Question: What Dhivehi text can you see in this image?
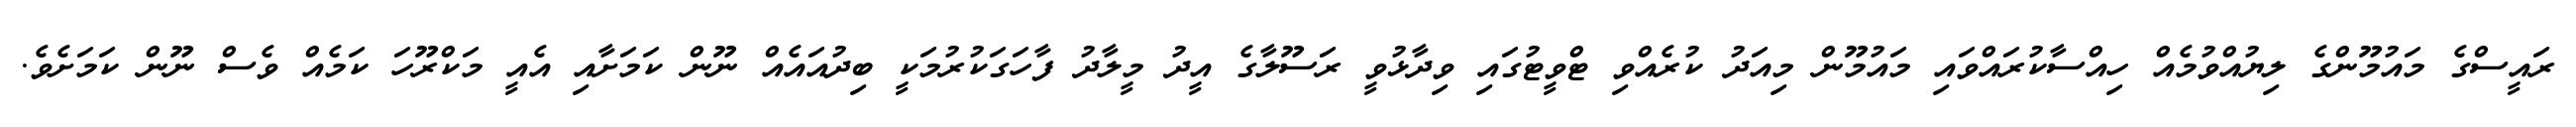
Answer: ރައީސްގެ މައުމޫންގެ ލިޔުއްވުމެއް ހިއްސާކުރައްވައި މައުމޫން މިއަދު ކުރެއްވި ޓްވީޓުގައި ވިދާޅުވީ ރަސޫލާގެ އީދު މީލާދު ފާހަގަކުރުމަކީ ބިދުއައެއް ނޫން ކަމަށާއި އެއީ މަކްރޫހަ ކަމެއް ވެސް ނޫން ކަމަށެވެ.